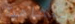
بمشاهدة